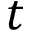
t